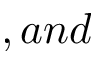
, a n d